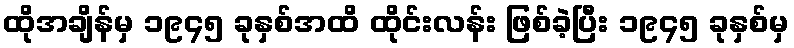
ထိုအချိန်မှ ၁၉၄၅ ခုနှစ်အထိ ထိုင်းလန်း ဖြစ်ခဲ့ပြီး ၁၉၄၅ ခုနှစ်မှ